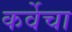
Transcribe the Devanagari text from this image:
कर्वेचा